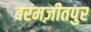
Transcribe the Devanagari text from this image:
बरमज़ीतपुर